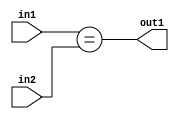
`timescale 1ps / 1ps
/*****************************************************************************
    Verilog RTL Description
    
    
    Created by: Stratus DpOpt 2019.1.01 
*******************************************************************************/

module pw_feature_addr_gen_Equal_5Ux5U_1U_4 (
	in2,
	in1,
	out1
	); /* architecture "behavioural" */ 
input [4:0] in2,
	in1;
output  out1;
wire  asc001;

assign asc001 = (in1==in2);

assign out1 = asc001;
endmodule

/* CADENCE  urf5Two= : u9/ySgnWtBlWxVPRXgAZ4Og= ** DO NOT EDIT THIS LINE ******/